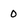
Character: 0